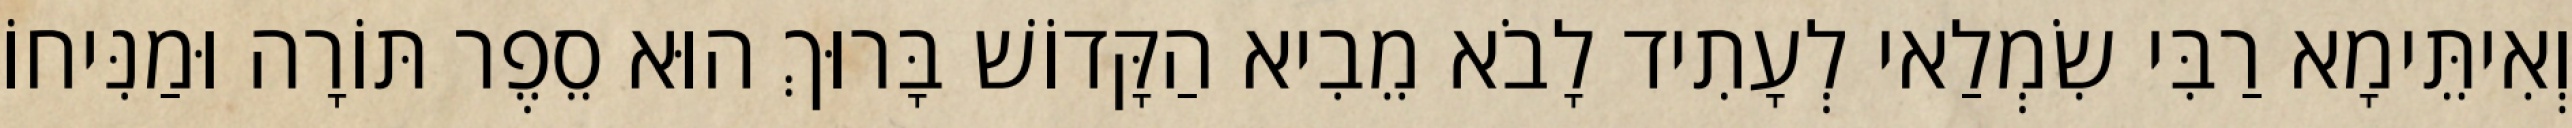
וְאִיתֵּימָא רַבִּי שִׂמְלַאי לְעָתִיד לָבֹא מֵבִיא הַקָּדוֹשׁ בָּרוּךְ הוּא סֵפֶר תּוֹרָה וּמַנִּיחוֹ